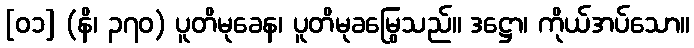
[၀၁] (နိ၊ ၃၇၀) ပူတိမုခေန၊ ပူတိမုခမြွေသည်။ ဒဋ္ဌော၊ ကိုယ်အပ်သော။